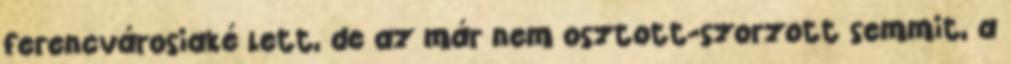
ferencvárosiaké lett, de az már nem osztott-szorzott semmit, a